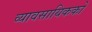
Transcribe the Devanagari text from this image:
व्यावसायिककों